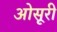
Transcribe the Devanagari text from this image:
ओसूरी